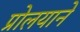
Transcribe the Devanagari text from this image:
प्रोलयाने